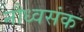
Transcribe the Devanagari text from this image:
नौध्वसंक